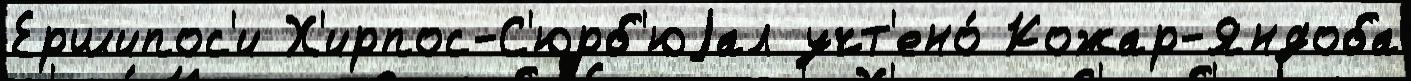
Ершипос'и Х'ирпос-С'юрб'юjал учт'ено́ Кожар-Яндоба